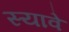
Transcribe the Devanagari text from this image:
स्यावे